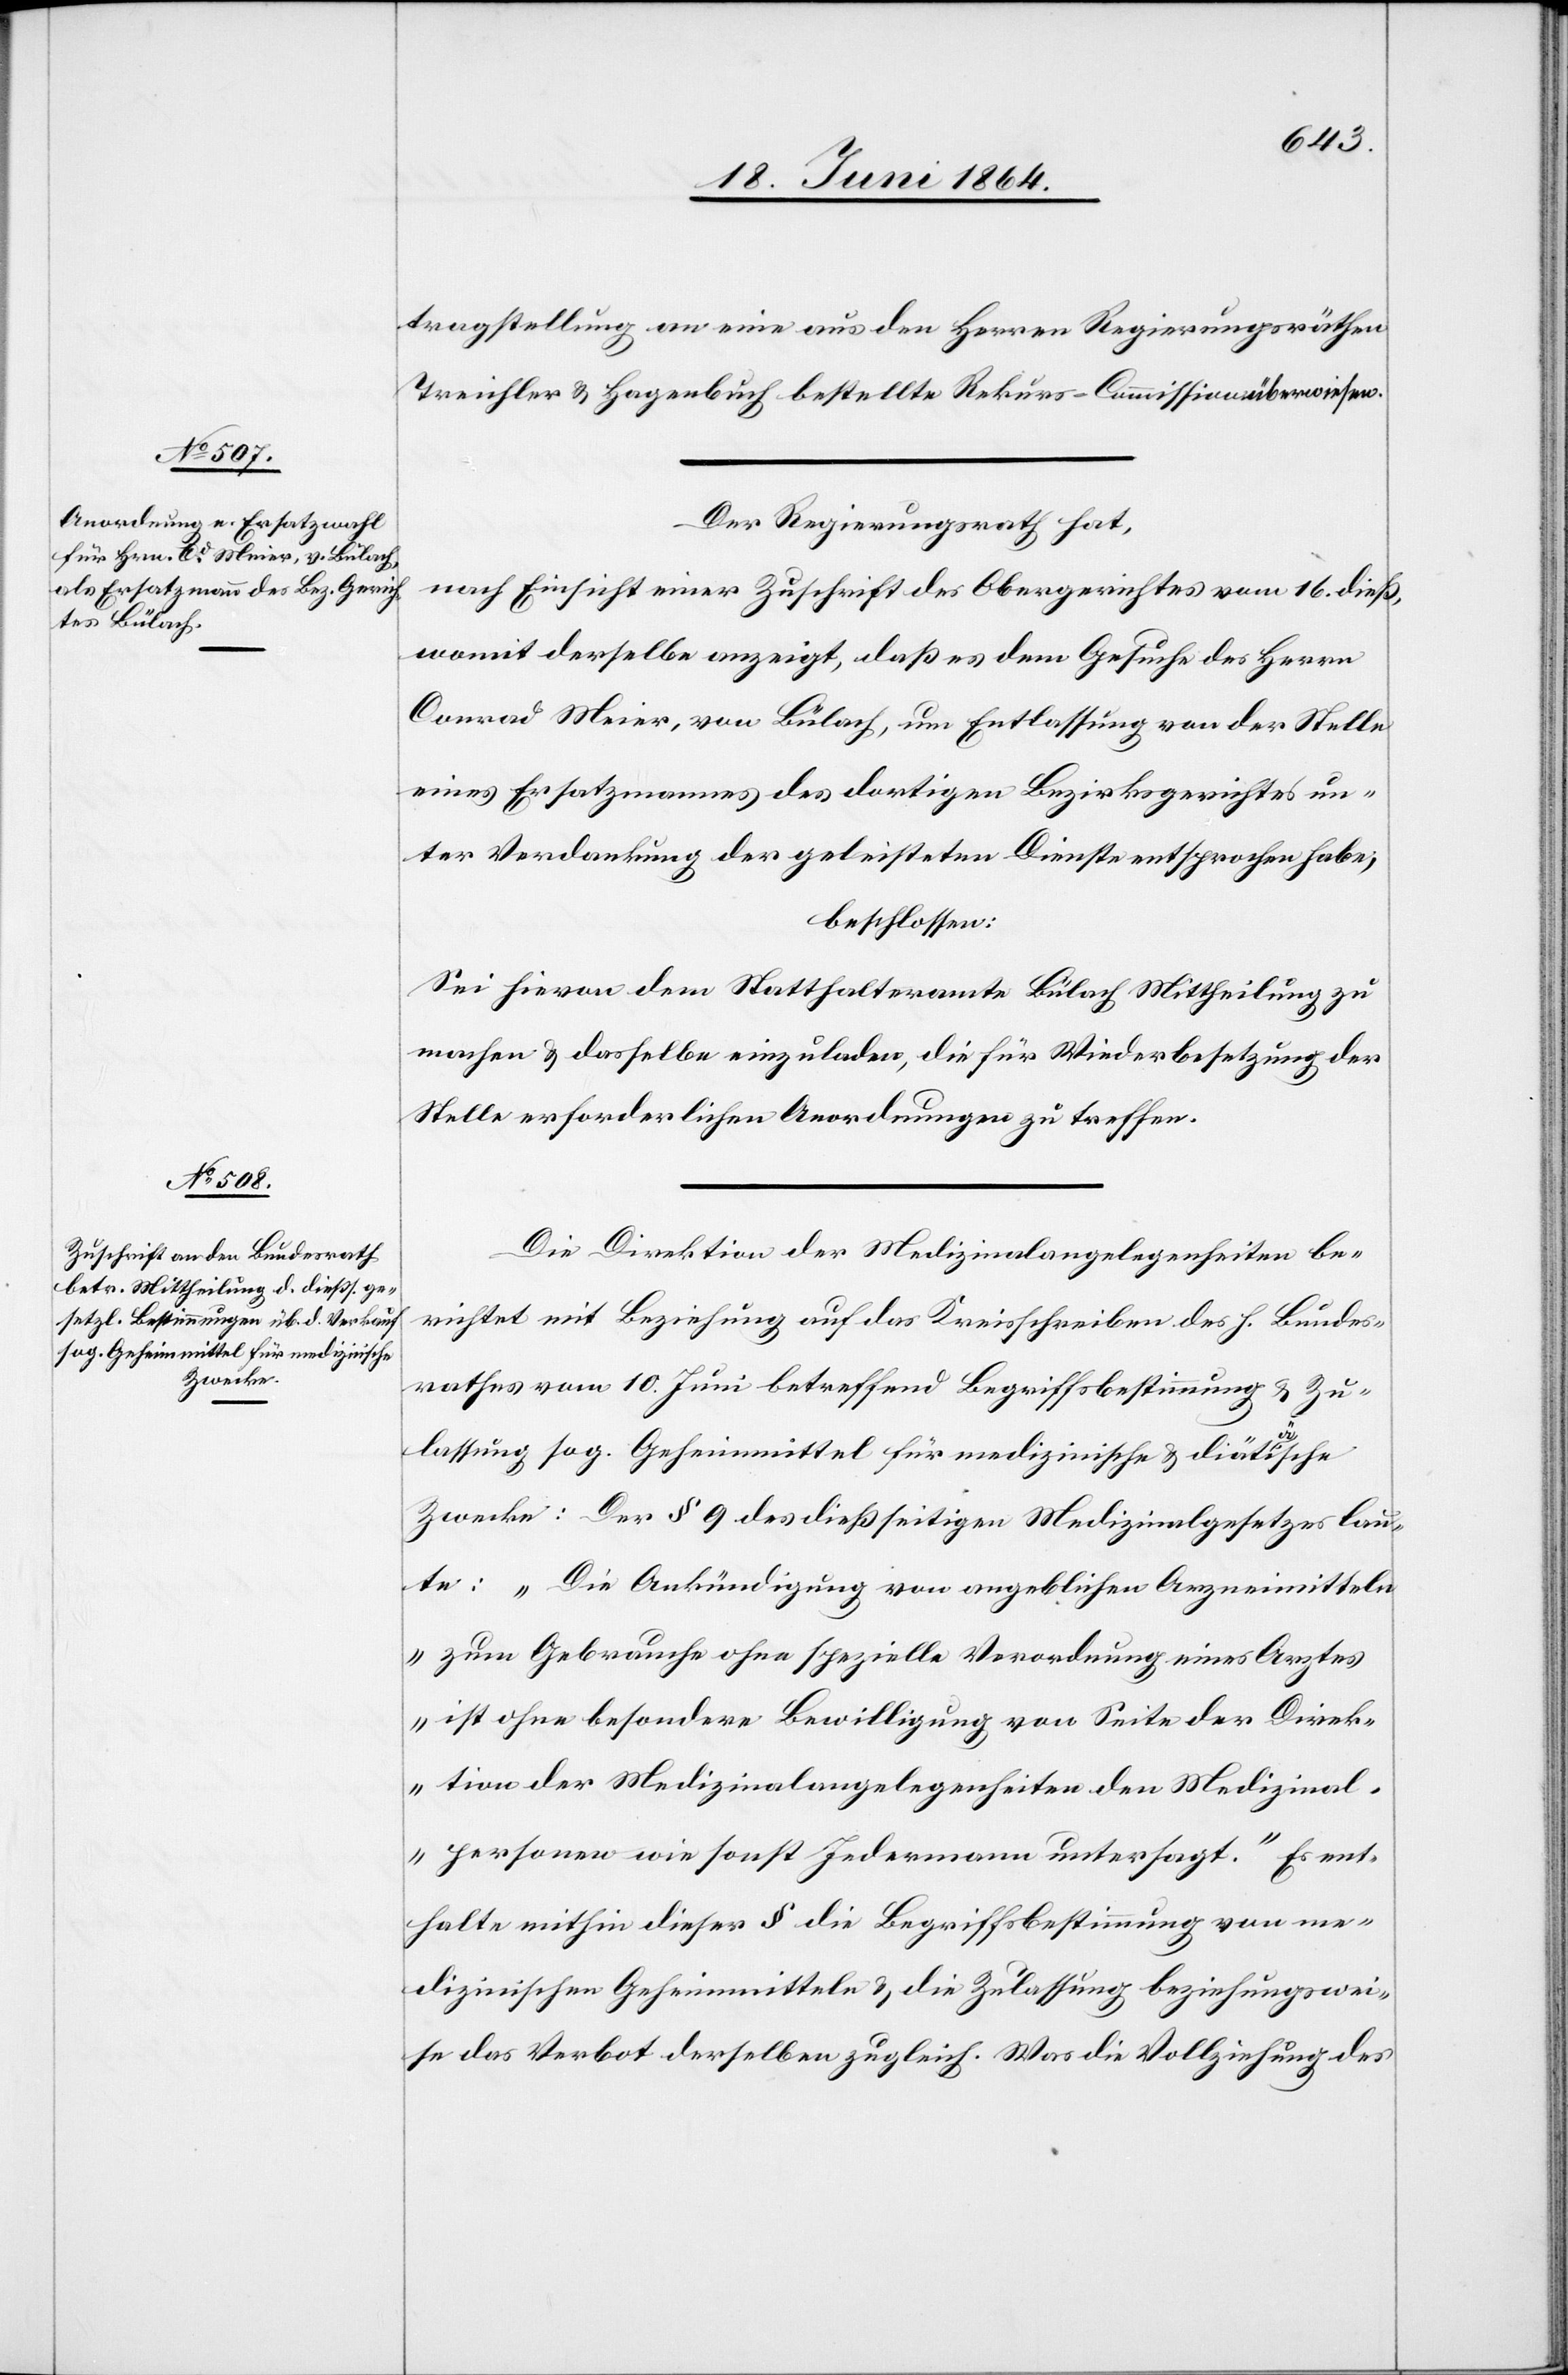
tragstellung an eine aus den Herren Regierungsräthen
Treichler u. Hagenbuch bestellte Rekurs-Commission überwiesen.
Der Regierungsrath hat,
nach Einsicht einer Zuschrift des Obergerichtes vom 16. dieß,
womit derselbe anzeigt, daß es dem Gesuche des Herrn
Conrad Meier, von Bülach, um Entlassung von der Stelle
eines Ersatzmannes des dortigen Bezirksgerichtes un¬
ter Verdankung der geleisteten Dienste entsprochen habe,
beschlossen:
Sei hievon dem Statthalteramte Bülach Mittheilung zu
machen u. dasselbe einzuladen, die für Wiederbesetzung der
Stelle erforderlichen Anordnungen zu treffen.
Die Direktion der Medizinalangelegenheiten be¬
richtet mit Beziehung auf das Kreisschreiben des h. Bundes¬
rathes vom 10. Juni betreffend Begriffsbestimmung u. Zu¬
lassung sog. Geheimmittel für medizinische u. diätäische
Zwecke: Der § 9 des dießseitigen Medizinalgesetzes lau¬
te: „Die Ankündigung von angeblichen Arzneimitteln
zum Gebrauche ohne spezielle Verordnung eines Arztes
ist ohne besondere Bewilligung von Seite der Direk¬
tion der Medizinalangelegenheiten den Medizinal¬
personen wie sonst Jedermann untersagt.“ Es ent¬
halte mithin dieser § die Begriffsbestimmung von me¬
dizinischen Geheimmitteln u. die Zulassung beziehungswei¬
se das Verbot derselben zugleich. Was die Vollziehung des